Annual statistical returns and brief notes on vaccination in Bengal - 1896-1909
Year: 1896
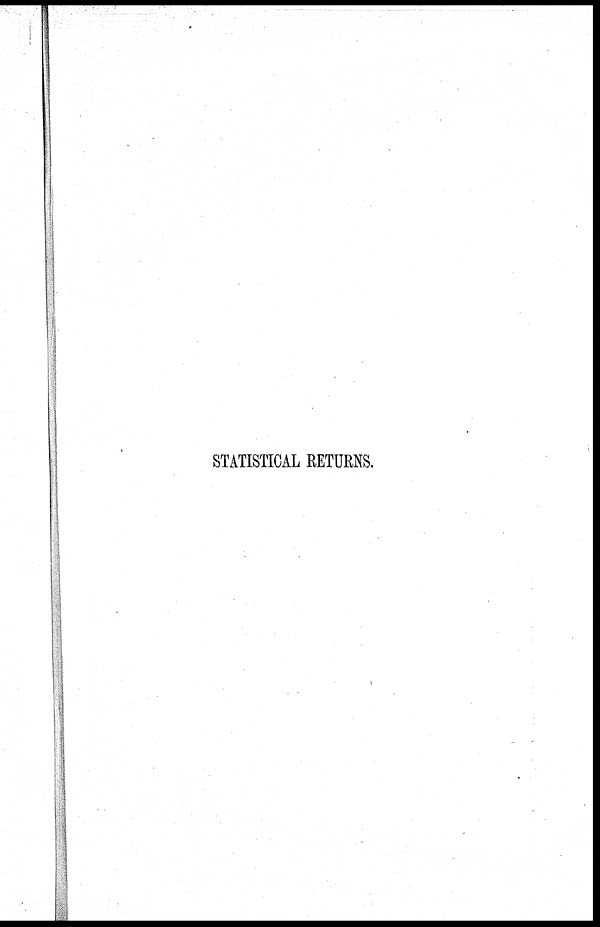
STATISTICAL RETURNS.